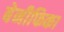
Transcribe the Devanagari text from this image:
बेनीफिका